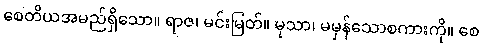
စေတိယအမည်ရှိသော။ ရာဇ၊ မင်းမြတ်။ မုသာ၊ မမှန်သောစကားကို။ စေ